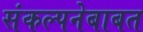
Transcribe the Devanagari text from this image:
संकल्पनेबाबत